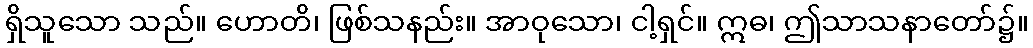
ရှိသူသော သည်။ ဟောတိ၊ ဖြစ်သနည်း။ အာဝုသော၊ ငါ့ရှင်။ ဣဓ၊ ဤသာသနာတော်၌။